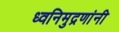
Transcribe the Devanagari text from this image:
ध्वनिमुद्रणांनी